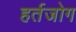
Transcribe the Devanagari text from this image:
हर्तजोग